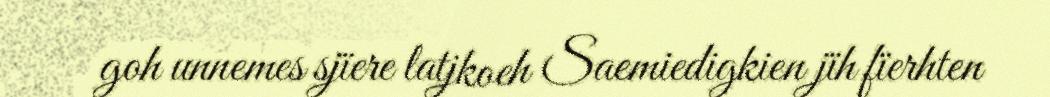
goh unnemes sjïere latjkoeh Saemiedigkien jïh fïerhten